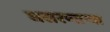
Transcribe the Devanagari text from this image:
घसरणाऱ्या